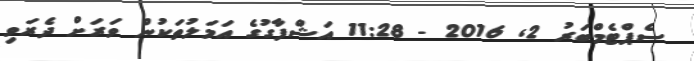
ސެޕްޓެމްބަރު 2